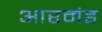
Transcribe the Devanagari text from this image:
आरमंड